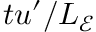
t u ^ { \prime } / L _ { \mathcal { E } }